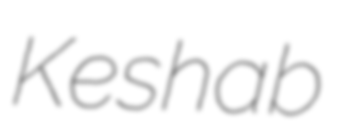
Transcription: Keshab